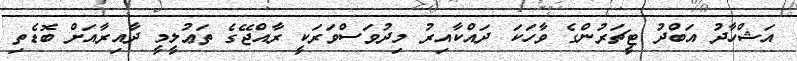
އަޝްހާދު އަބްދު ޓީޗަރުންގެ ވާހަކަ ދައްކާއިރު މިދުވަސްވަރަކީ ރާއްޖޭގެ ތަޢުލީމީ ދާއިރާއަށް ބޮޑެތި